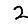
Digit: 2